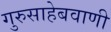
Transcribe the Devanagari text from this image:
गुरुसाहेबवाणी